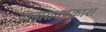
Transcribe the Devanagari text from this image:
नानारावप्रकाश